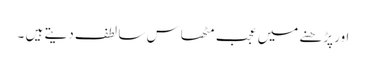
اور پڑھنے میں عجب مٹھاس سا لطف دیتے ہیں ۔